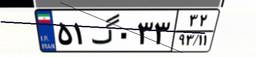
۵۱گ۰۳۳۳۲